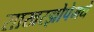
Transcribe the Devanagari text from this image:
साखरझोपेमधे